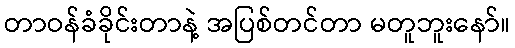
တာဝန်ခံခိုင်းတာနဲ့ အပြစ်တင်တာ မတူဘူးနော်။